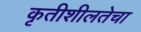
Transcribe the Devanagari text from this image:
कृतीशीलतेचा